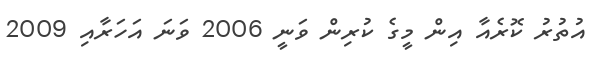
އުތުރު ކޮރެއާ އިން މީގެ ކުރިން ވަނީ 2006 ވަނަ އަހަރާއި 2009